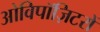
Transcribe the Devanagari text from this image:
ओविपॉज़िटरों